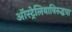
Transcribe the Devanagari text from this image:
ऑस्ट्रेलियाविरुद्धचा